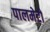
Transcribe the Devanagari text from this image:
पालमेटो